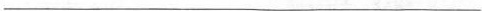
___